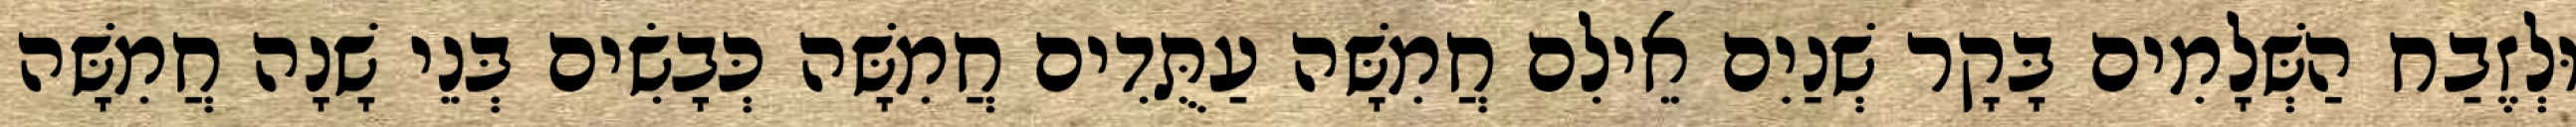
וּלְזֶבַח הַשְּׁלָמִים בָּקָר שְׁנַיִם אֵילִם חֲמִשָּׁה עַתֻּדִים חֲמִשָּׁה כְּבָשִׂים בְּנֵי שָׁנָה חֲמִשָּׁה